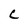
Character: C